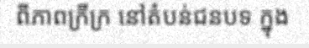
ពីភាពក្រីក្រ នៅតំបន់ជនបទ ក្នុង